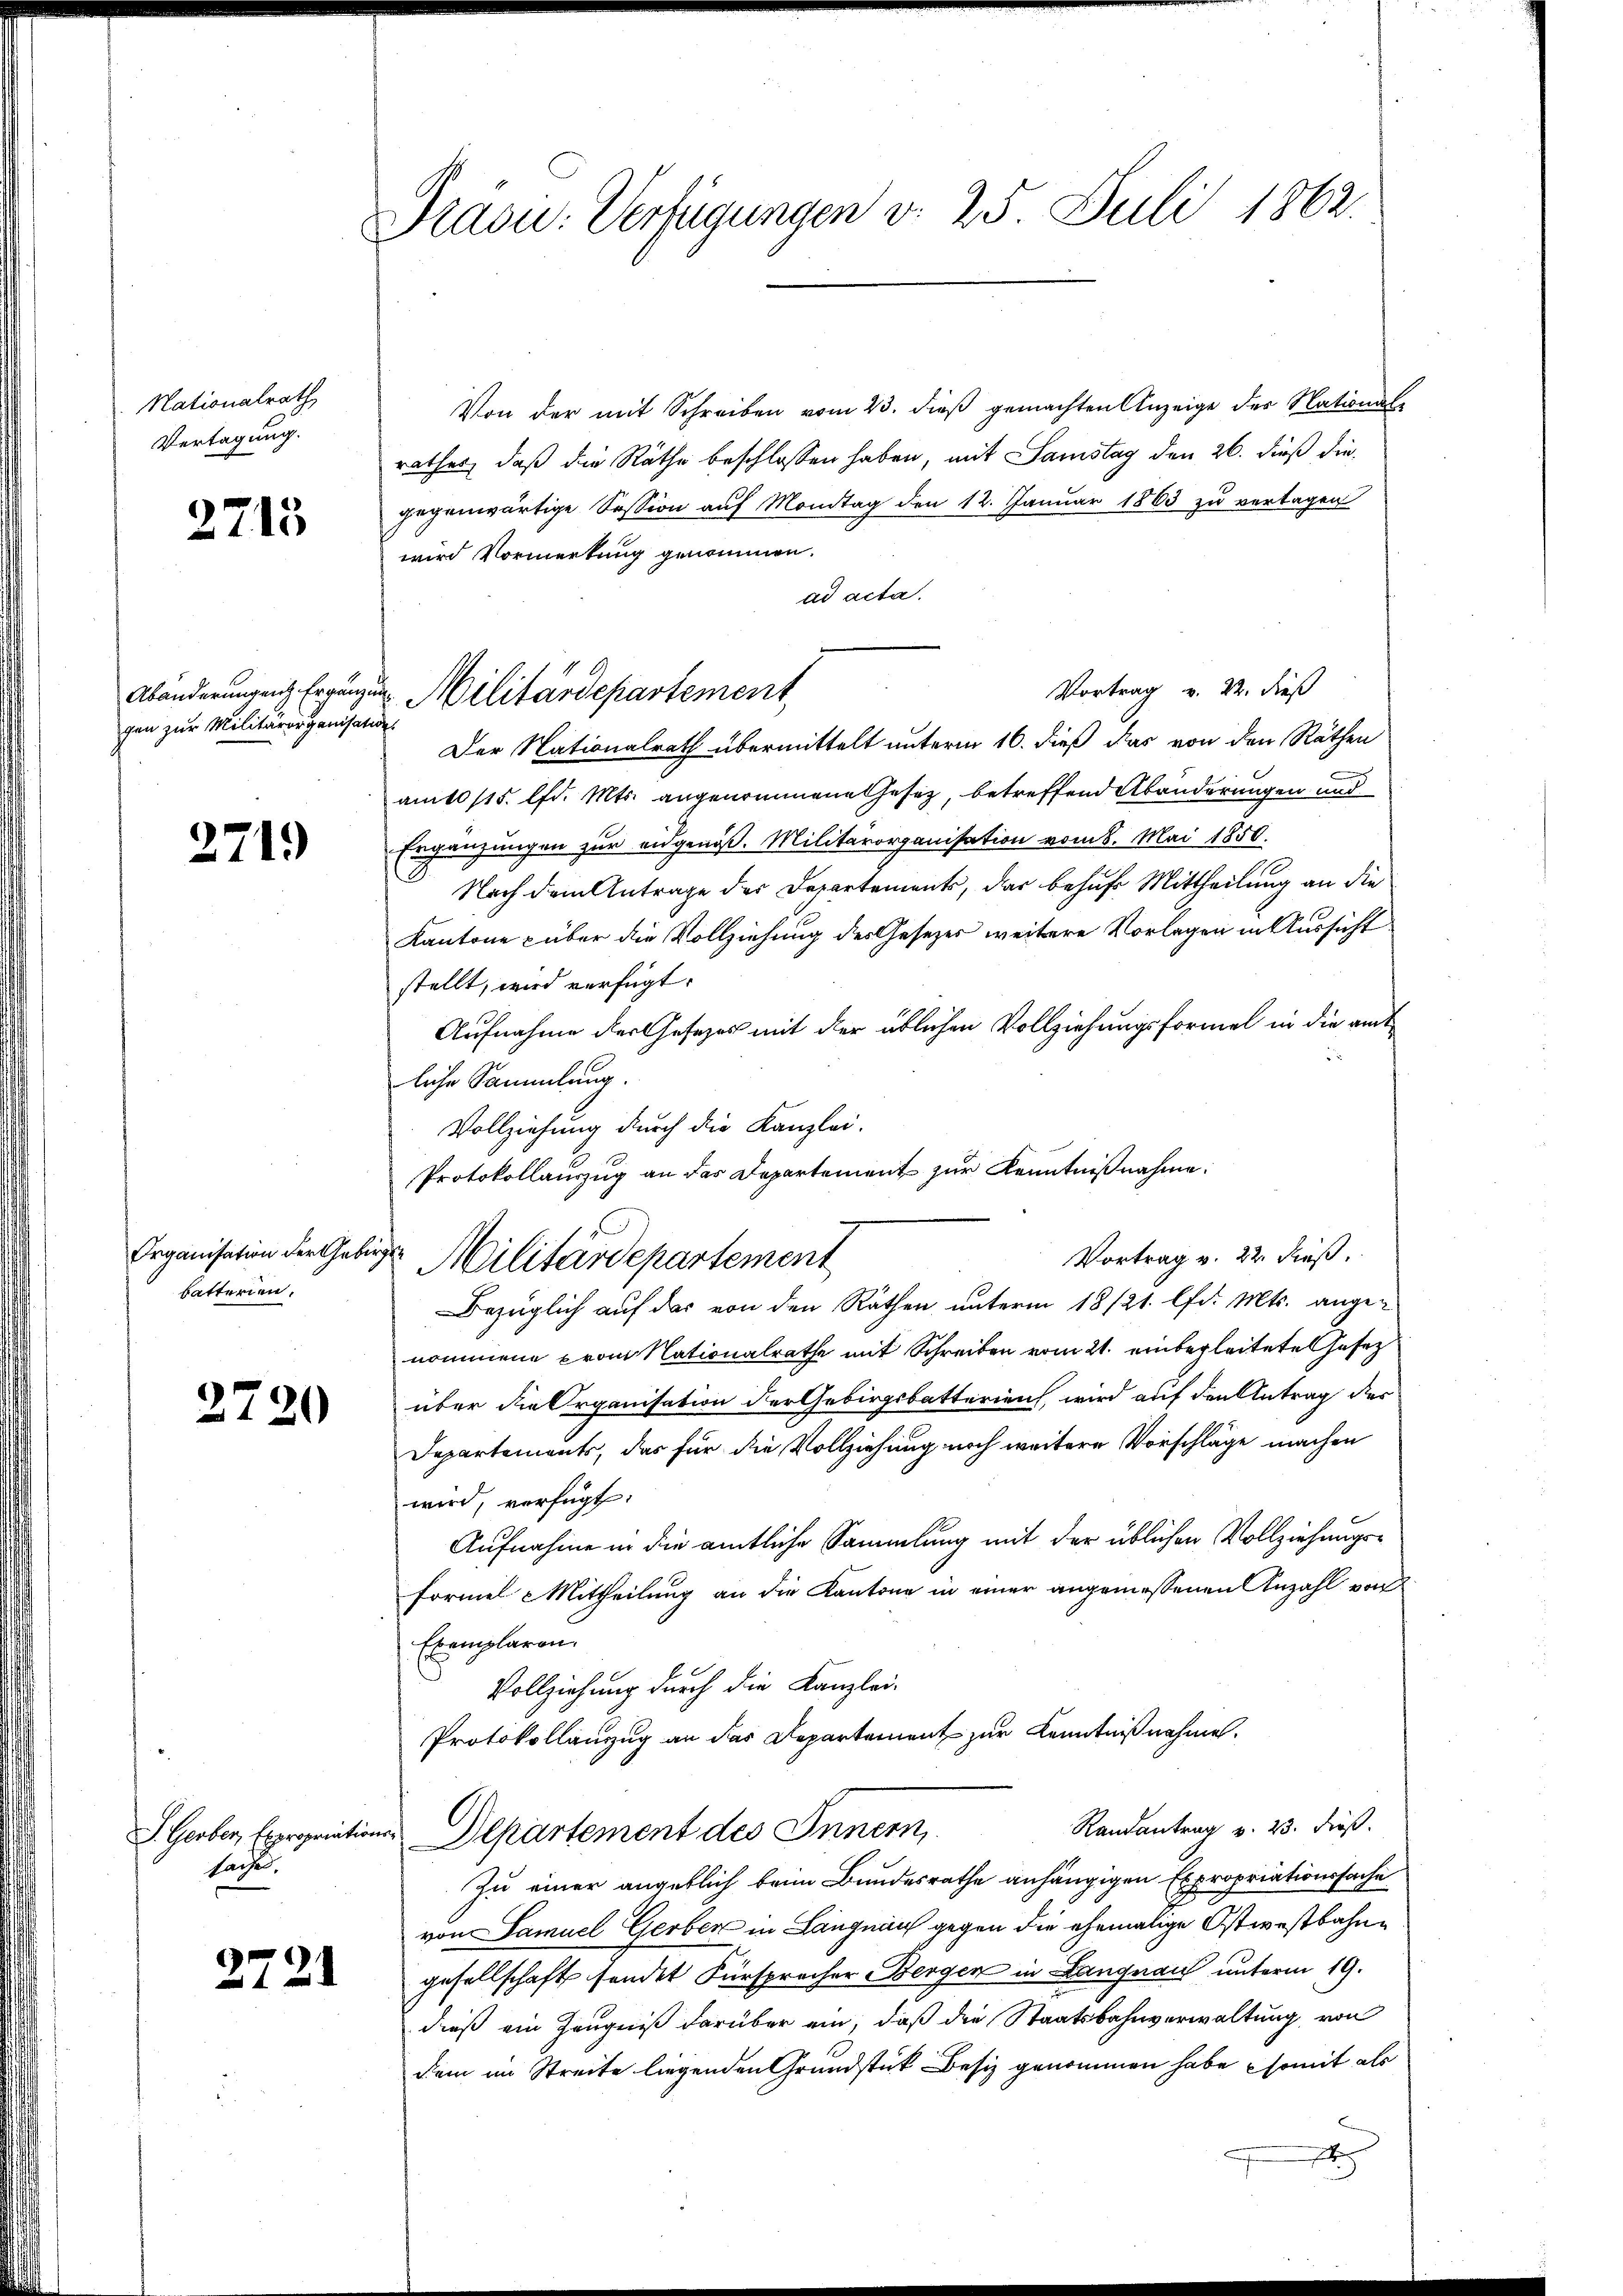
Nationalrath,
Vertagung.

2715

Abänderungen Ergänzig
gen zur Militärorganisati

2719

Organisation der Geb
batterien.

2720

S. Gerber, Expropriation
sache.

2721

Präsu: Verfügungen d. 25. Juli 1862.

Von der mit Schreiben vom 23. dieβ gemachten Anzeige des National-
rathes, daß die Räthe beschlossen haben, mit Samstag den 26. dieß die
gegenwärtige Session auf Montag den 12. Januar 1863 zu vertagen
wird Vormerkung genommen.
ad acta.
Vortrag v. 22. dieß
f
Der Nationalrath übermittelt unterm 16. dieß das von den Räthen
am 10/15. lfd. Mts. angenommene Gesetz, betreffend Abänderungen und
Ergänzungen zur eidgenöß. Militärorganisation vom 8. Mai 1850.
Nach dem Antrage des Departements, das behufs Mittheilung an die
Kantone über die Vollziehung des Gesezes weitere Vorlegen in Aussicht
stellt, wird verfügt:
Aufnahme der Gesetzes mit der üblichen Vollziehungsformel in die amt
liche Sammlung.
Vollziehung durch die Kanzlei.
Protokollauszug an das Departement zur Kenntnißnahme.
ich
Bezüglich auf das von den Räthen unterm 18/21. lfd. Mts. angenommene vom Nationalrathe mit Schreiben vom 21. einbegleitete Hafez
über die Organisation der Gebirgsbatterien, wird auf den Antrag des
Departements, das für die Vollziehung noch weitere Vorschläge machen
wird, verfügt:
Aufnahme in die amtliche Sammlung mit der üblichen Vollziehungs¬
Formel Mittheilung an die Kantone in einer angemessenen Anzahl von
Exemplaren.
Vollziehung durch die Kanzlei-
Protokollanzug an das Departement zur Kenntnißnahme.
Randantrag v. 23. dieß.
 Departement des Innern
Zu einer angeblich beim Bundesrathe anhängigen Expropriationssache
von Samuel Gerber in Langnau gegen die ehemalige Ostwestbahngesellschaft sondet Fürsprocher Bergen in Langnau unterm 19.
dieß ein Zeugniß darüber ein, daß die Staatsbahnverwaltung von
dem im Streite liegenden Grundstück Besiz genommen habe somit als
x

u Militärdepartement

Militärdepartement

Vortrag v. 22. dieß.